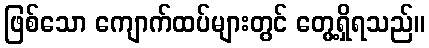
ဖြစ်သော ကျောက်ထပ်များတွင် တွေ့ရှိရသည်။